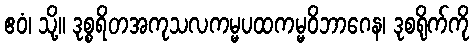
ဧဝံ၊ သို့။ ဒုစ္စရိတအကုသလကမ္မပထကမ္မဝိဘာဂေန၊ ဒုစရိုက်ကို